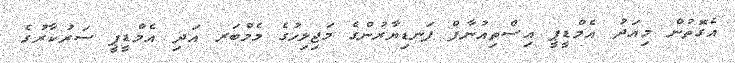
އެގޮތުން މިއަދު އެމްޑީޕީ އިސްތިއުނާފް ފަނޑިޔާރުންގެ މަޖިލިހުގެ މެމްބަރ އަދި އެމްޑީޕީ ސަރުކާރުގެ